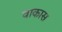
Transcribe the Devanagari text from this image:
वाकास